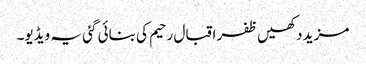
مزید دکھیں ظفر اقبال رحیم کی بنائی گئی یہ ویڈیو۔